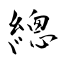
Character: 總